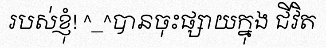
របស់ខ្ញុំ! ^_^បានចុះផ្សាយក្នុង ជីវិត